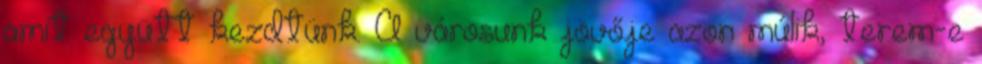
amit együtt kezdtünk. A városunk jövője azon múlik, terem-e